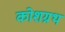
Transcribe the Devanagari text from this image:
कोशग्रथ